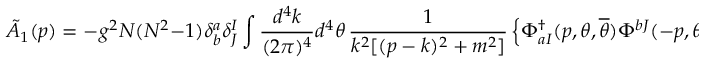
\tilde { A } _ { 1 } ( p ) = - g ^ { 2 } N ( N ^ { 2 } - 1 ) \delta _ { b } ^ { a } \delta _ { J } ^ { I } \int \frac { d ^ { 4 } k } { ( 2 \pi ) ^ { 4 } } d ^ { 4 } \theta \, \frac { 1 } { k ^ { 2 } [ ( p - k ) ^ { 2 } + m ^ { 2 } ] } \left\{ \Phi _ { a I } ^ { \dagger } ( p , \theta , { \overline { { \theta } } } ) \Phi ^ { b J } ( - p , \theta , { \overline { { \theta } } } ) \right\} .